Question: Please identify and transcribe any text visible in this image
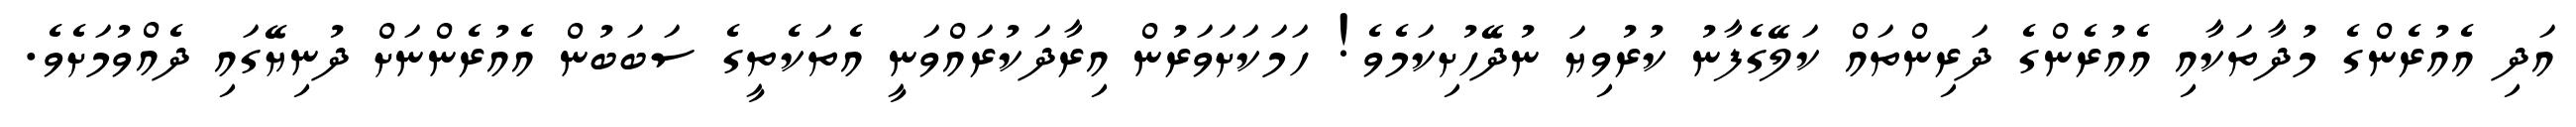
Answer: އަދި އެއުރެންގެ މުދާތަކާއި އެއުރެންގެ ދަރިންތައް ކަލޭގެފާނު ކުރުވިޔަ ނުދޭހުށިކަމެވެ! ހަމަކަށަވަރުން އިރާދަކުރައްވަނީ އެތަކެތީގެ ސަބަބުން އެއުރެންނަށް ދުނިޔޭގައި ދެއްވުމަށެވެ.